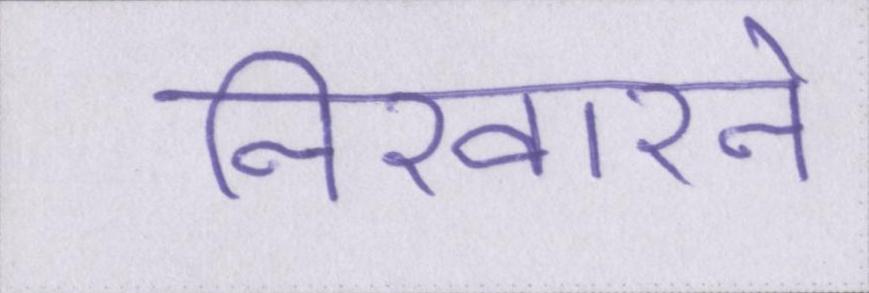
निखारने